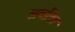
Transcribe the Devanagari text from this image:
प्रयोस